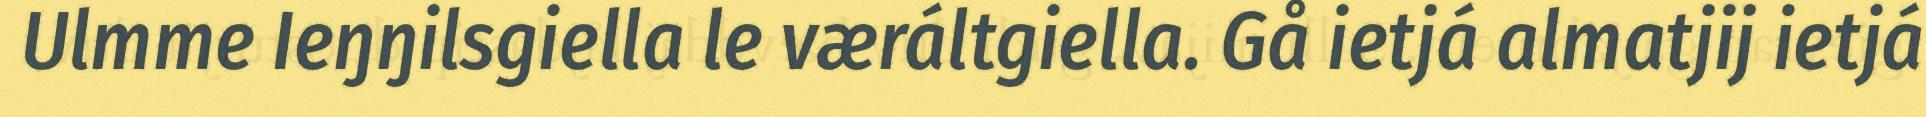
Ulmme Ieŋŋilsgiella le væráltgiella. Gå ietjá almatjij ietjá